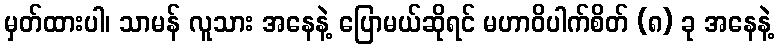
မှတ်ထားပါ၊ သာမန် လူသား အနေနဲ့ ပြောမယ်ဆိုရင် မဟာဝိပါက်စိတ် (၈) ခု အနေနဲ့